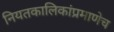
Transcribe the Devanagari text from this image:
नियतकालिकांप्रमाणेच